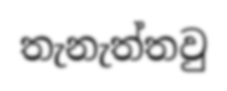
තැනැත්තවු